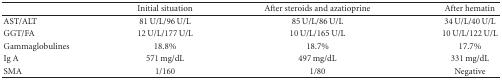
|  | Initial situation | After steroids and azatioprine | After hematin |
 | --- | --- | --- | --- |
 | AST/ALT | 81 U/L/96 U/L | 85 U/L/86 U/L | 34 U/L/40 U/L |
 | GGT/FA | 12 U/L/177 U/L | 10 U/L/165 U/L | 10 U/L/122 U/L |
 | Gammaglobulines | 18.8% | 18.7% | 17.7% |
 | Ig A | 571 mg/dL | 497 mg/dL | 331 mg/dL |
 | SMA | 1/160 | 1/80 | Negative |